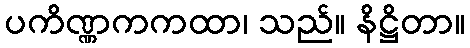
ပကိဏ္ဏကကထာ၊ သည်။ နိဋ္ဌိတာ။